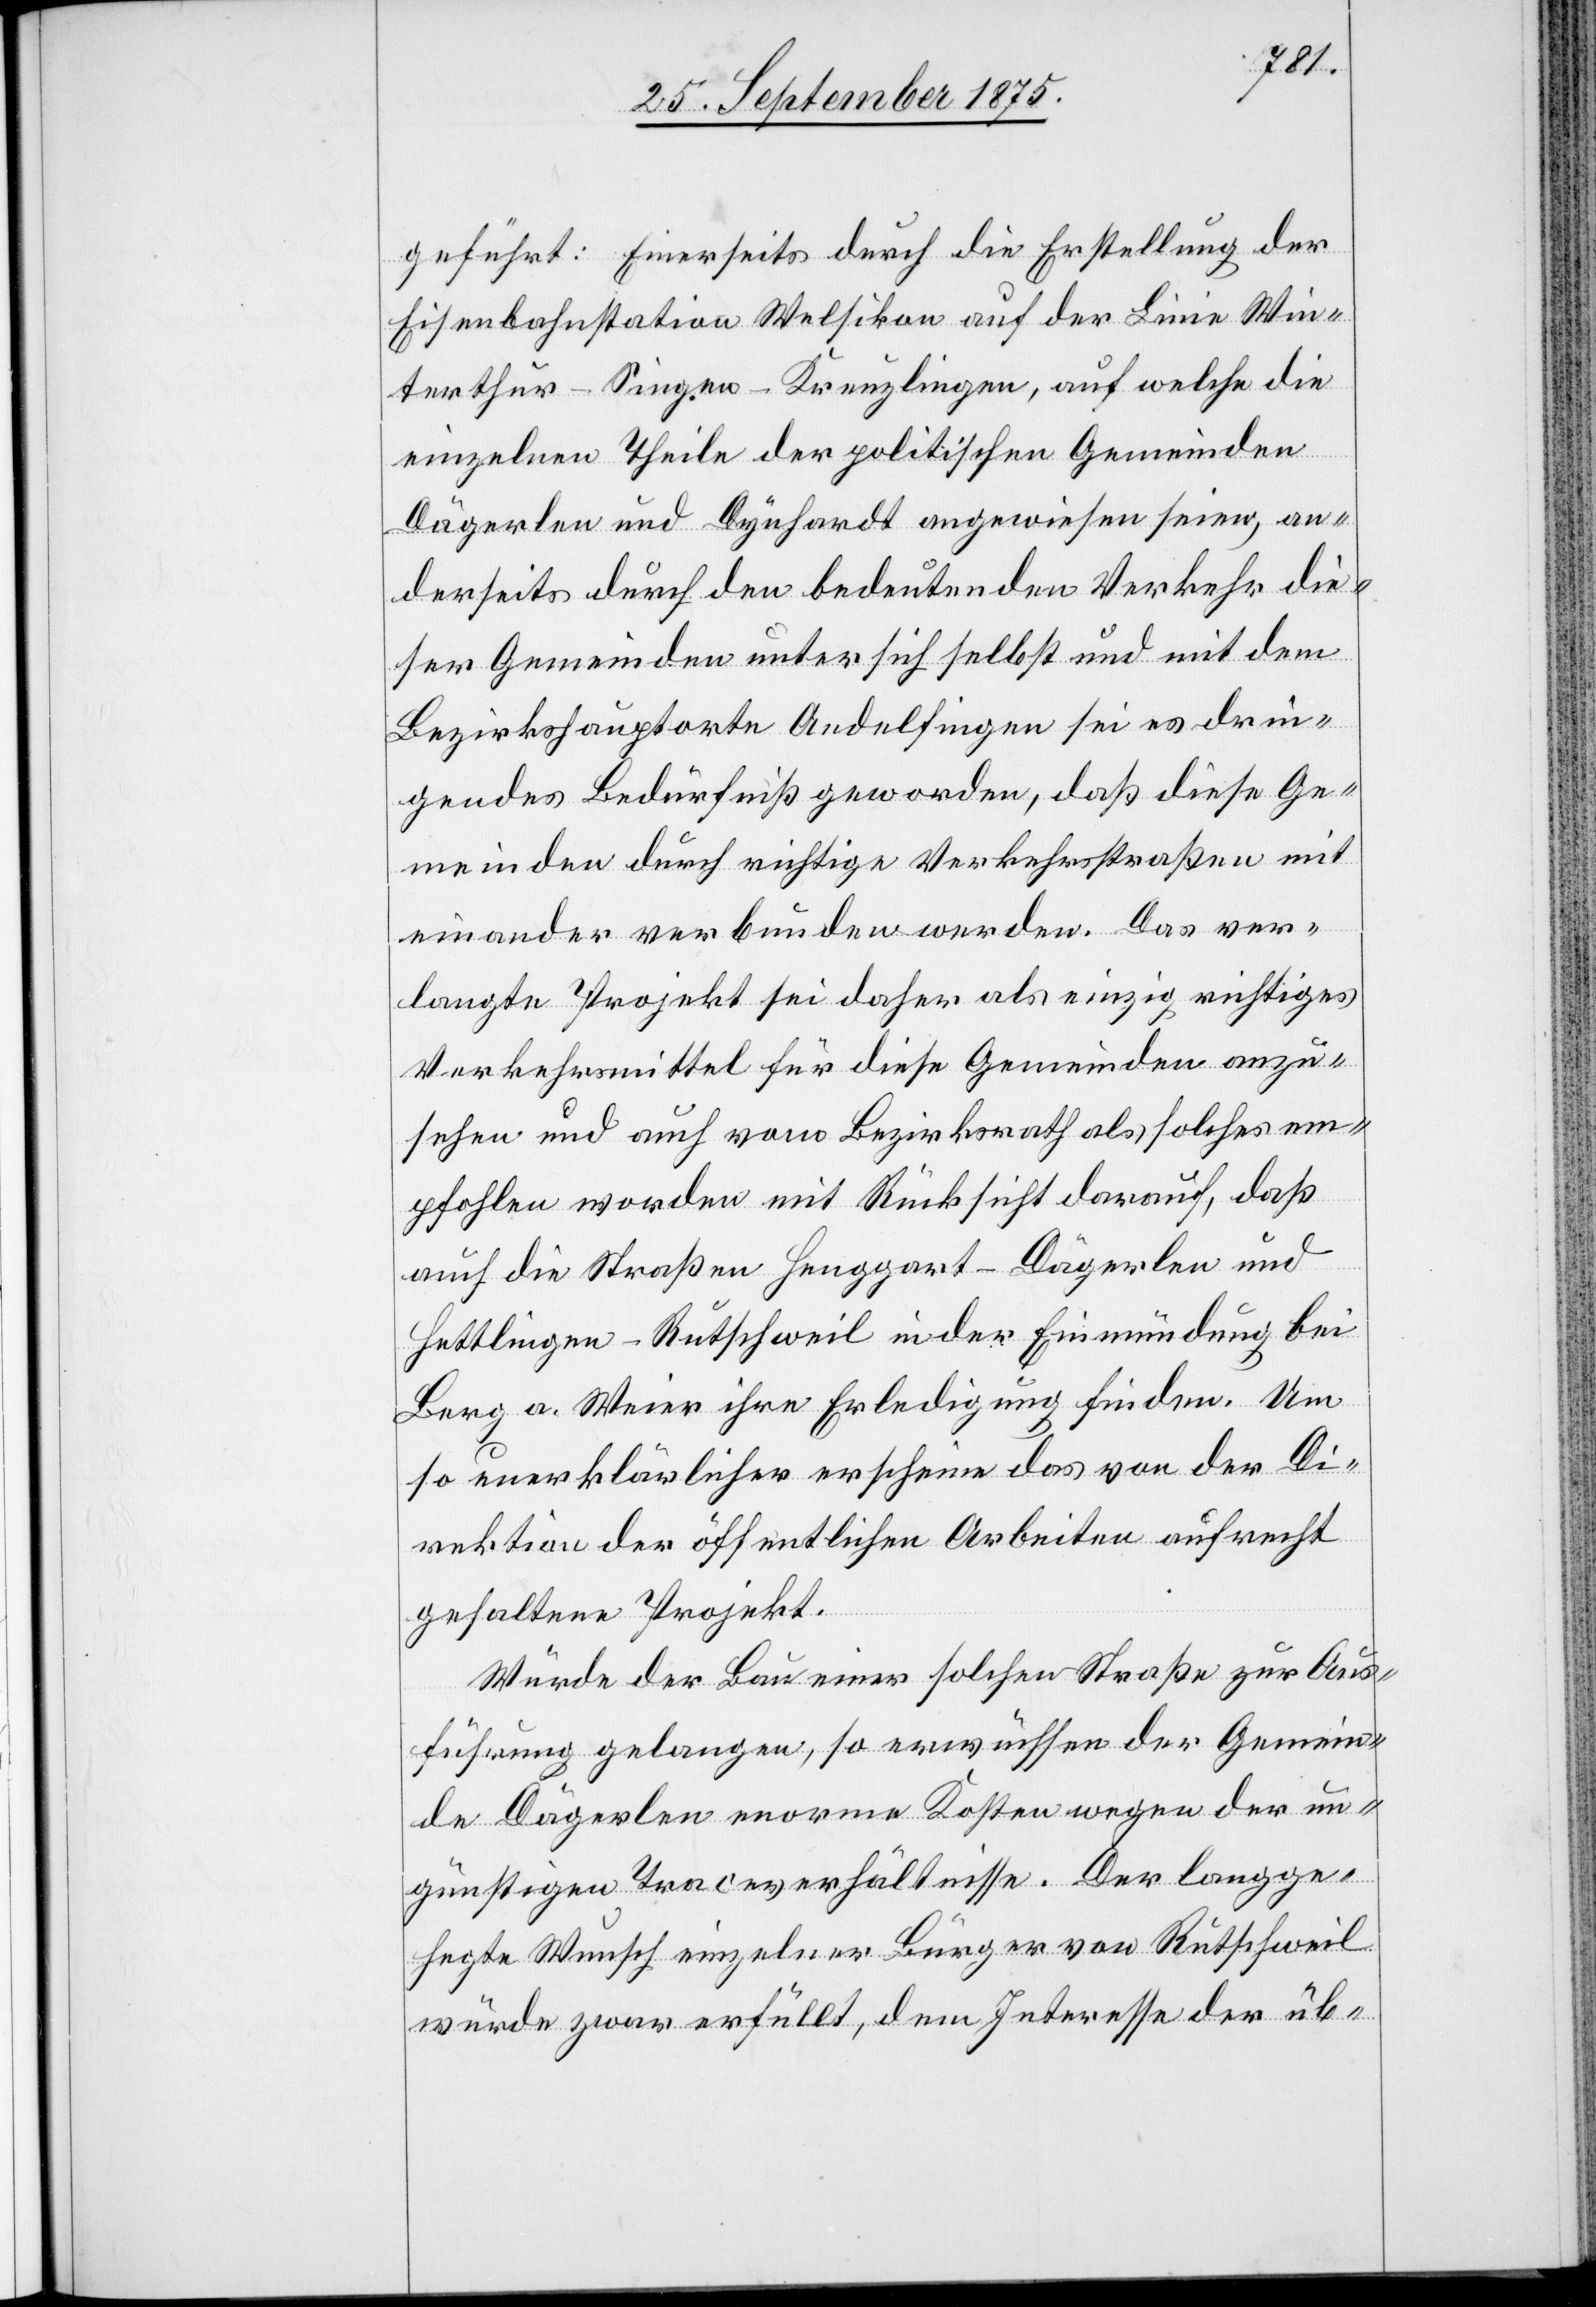
geführt: Einerseits durch die Erstellung der
Eisenbahnstation Welsikon auf der Linie Win¬
terthur–Singen–Kreuzlingen, auf welche die
einzelnen Theile der politischen Gemeinden
Dägerlen und Dynhardt [sic!] angewiesen seien, an¬
derseits durch den bedeutenden Verkehr die¬
ser Gemeinden unter sich selbst und mit dem
Bezirkshauptorte Andelfingen sei es drin¬
gendes Bedürfniß geworden, daß diese Ge¬
meinden durch richtige Verkehrsstraßen mit
einander verbunden werden. Das ver¬
langte Projekt sei daher als einzig richtiges
Verkehrsmittel für diese Gemeinden anzu¬
sehen und auch vom Bezirksrath als solches em¬
pfohlen worden mit Rücksicht darauf, daß
auch die Straßen Henggart–Dägerlen und
Hettlingen–Rutschweil in der Einmündung bei
Berg a. Weier ihre Erledigung finden. Um
so unerklärlicher erscheine das von der Di¬
rektion der öffentlichen Arbeiten aufrecht
gehaltene Projekt.
Würde der Bau einer solchen Straße zur Aus¬
führung gelangen, so erwüchsen der Gemein¬
de Dägerlen enorme Kosten wegen der un¬
günstigen Traceverhältnisse. Der langge¬
hegte Wunsch einzelner Bürger von Rutschweil
würde zwar erfüllt, dem Interesse der üb-